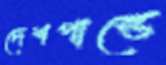
দেশপান্ডে